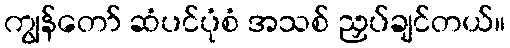
ကျွန်တော် ဆံပင်ပုံစံ အသစ် ညှပ်ချင်တယ်။